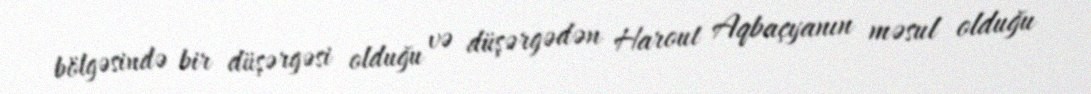
bölgəsində bir düşərgəsi olduğu və düşərgədən Harout Aqbaçyanın məsul olduğu